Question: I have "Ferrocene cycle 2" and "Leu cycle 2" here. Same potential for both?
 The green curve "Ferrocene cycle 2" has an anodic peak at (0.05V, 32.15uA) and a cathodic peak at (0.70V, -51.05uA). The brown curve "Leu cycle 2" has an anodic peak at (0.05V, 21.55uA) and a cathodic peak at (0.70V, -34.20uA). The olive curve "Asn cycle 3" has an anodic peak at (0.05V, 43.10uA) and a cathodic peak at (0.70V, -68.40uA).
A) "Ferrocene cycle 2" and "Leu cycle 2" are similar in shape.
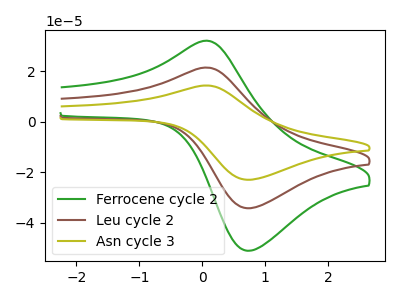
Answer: <think>All the peaks in "Ferrocene cycle 2" have a peak in "Leu cycle 2" at the same potential. Every peak in "Ferrocene cycle 2" is higher than every peak in "Leu cycle 2".
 </think>
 <answer>A) "Ferrocene cycle 2" and "Leu cycle 2" are similar in shape.</answer>
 <eval>A</eval>